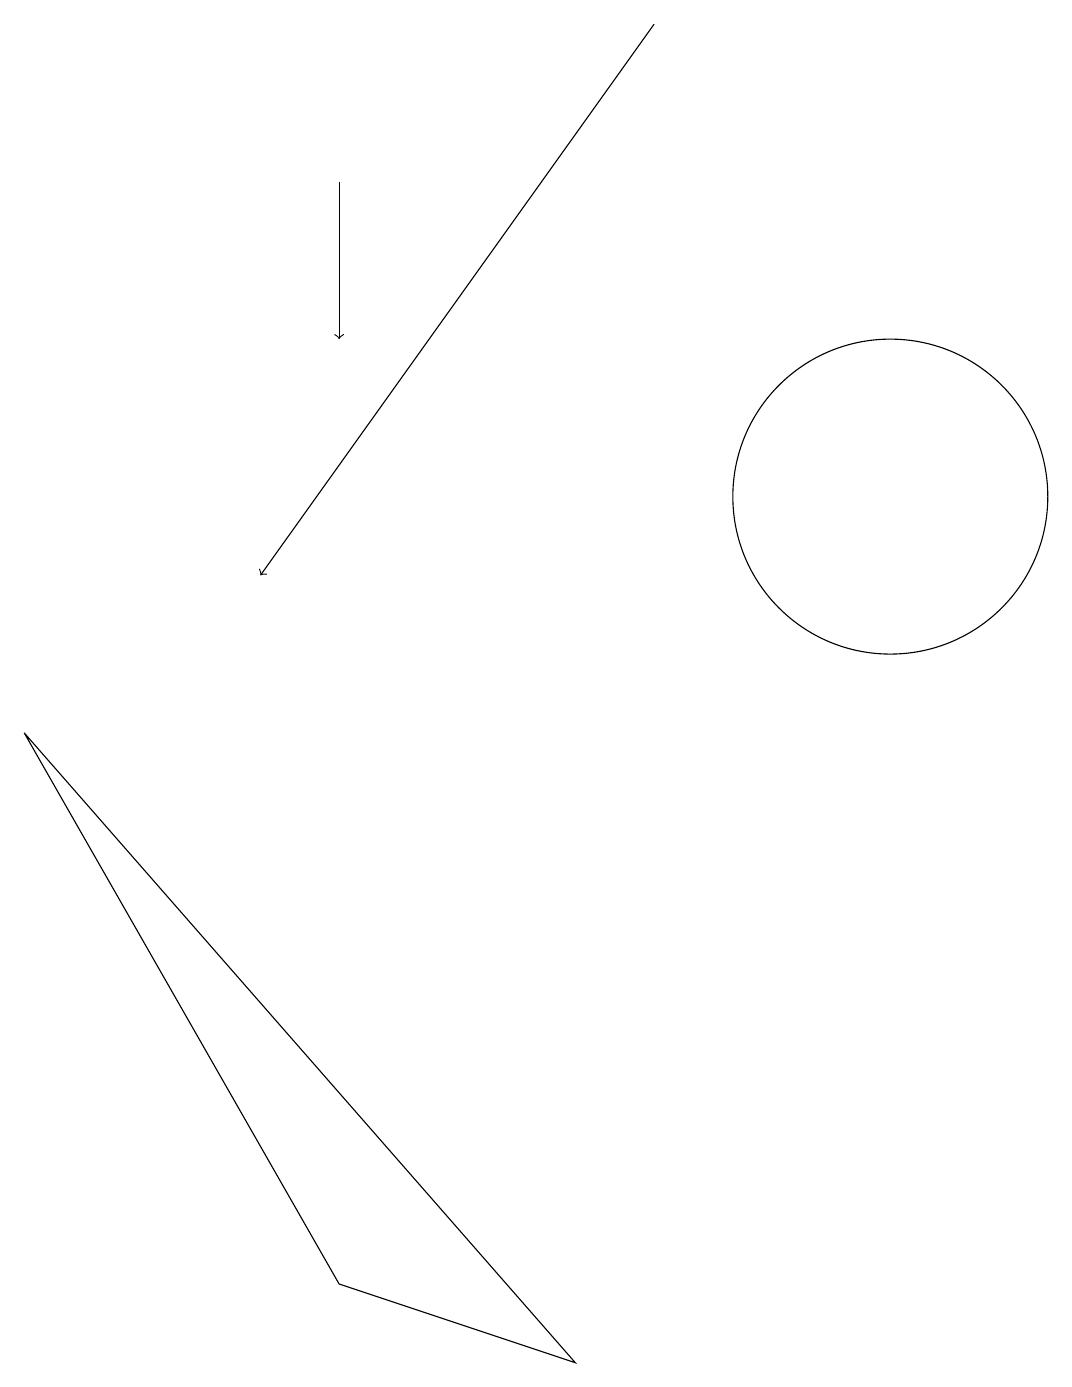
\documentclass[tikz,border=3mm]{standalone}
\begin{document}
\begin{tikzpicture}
\draw (11,11) circle (2);
\draw[->] (4,15) -- (4,13);
\draw (0,8) -- (4,1) -- (7,0) -- cycle;
\draw[->] (8,17) -- (3,10);
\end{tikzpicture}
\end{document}